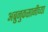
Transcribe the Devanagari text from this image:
अब्रुनुकसानीच्या